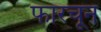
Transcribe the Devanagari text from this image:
फारचून